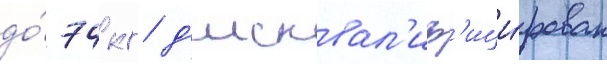
до́ 74 кг д'исквал'иф'ици́рован